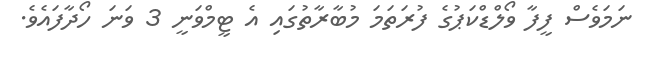
ނަމަވެސް ފީފާ ވޯލްޑްކަޕުގެ ފުރަތަމަ މުބާރާތުގައި އެ ޓީމްވަނީ 3 ވަނަ ހޯދާފައެވެ.